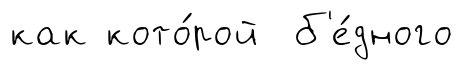
как кото́рой б'е́дного